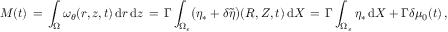
M ( t ) \, = \, \int _ { \Omega } \omega _ { \theta } ( r , z , t ) \, \mathrm { d } r \, \mathrm { d } z \, = \, \Gamma \int _ { \Omega _ { \epsilon } } \bigl ( \eta _ { * } + \delta \tilde { \eta } \bigr ) ( R , Z , t ) \, \mathrm { d } X \, = \, \Gamma \int _ { \Omega _ { \epsilon } } \eta _ { * } \, \mathrm { d } X + \Gamma \delta \mu _ { 0 } ( t ) \, ,